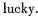
lucky.